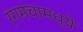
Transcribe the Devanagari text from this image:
रंगमंचामध्ये